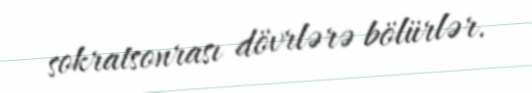
sokratsonrası dövrlərə bölürlər.